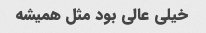
خیلی عالی بود مثل همیشه